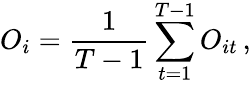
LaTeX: O_{i}=\frac{1}{T-1}\sum_{t=1}^{T-1}O_{it}\, ,